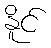
နိူင်